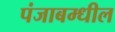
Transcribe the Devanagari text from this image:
पंजाबम्धील